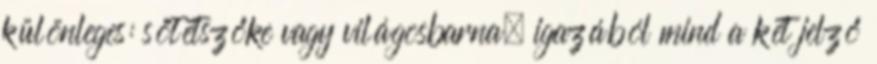
különleges: sötétszőke vagy világosbarna, igazából mind a két jelző